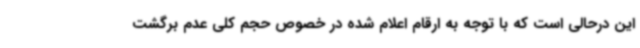
این درحالی است که با توجه به ارقام اعلام شده در خصوص حجم کلی عدم برگشت